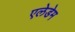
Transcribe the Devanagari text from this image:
एलेडेम